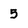
Character: 5